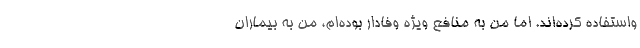
واستفاده کرده‌اند. اما من به منافع ویژه وفادار بوده‌ام، من به بیماران